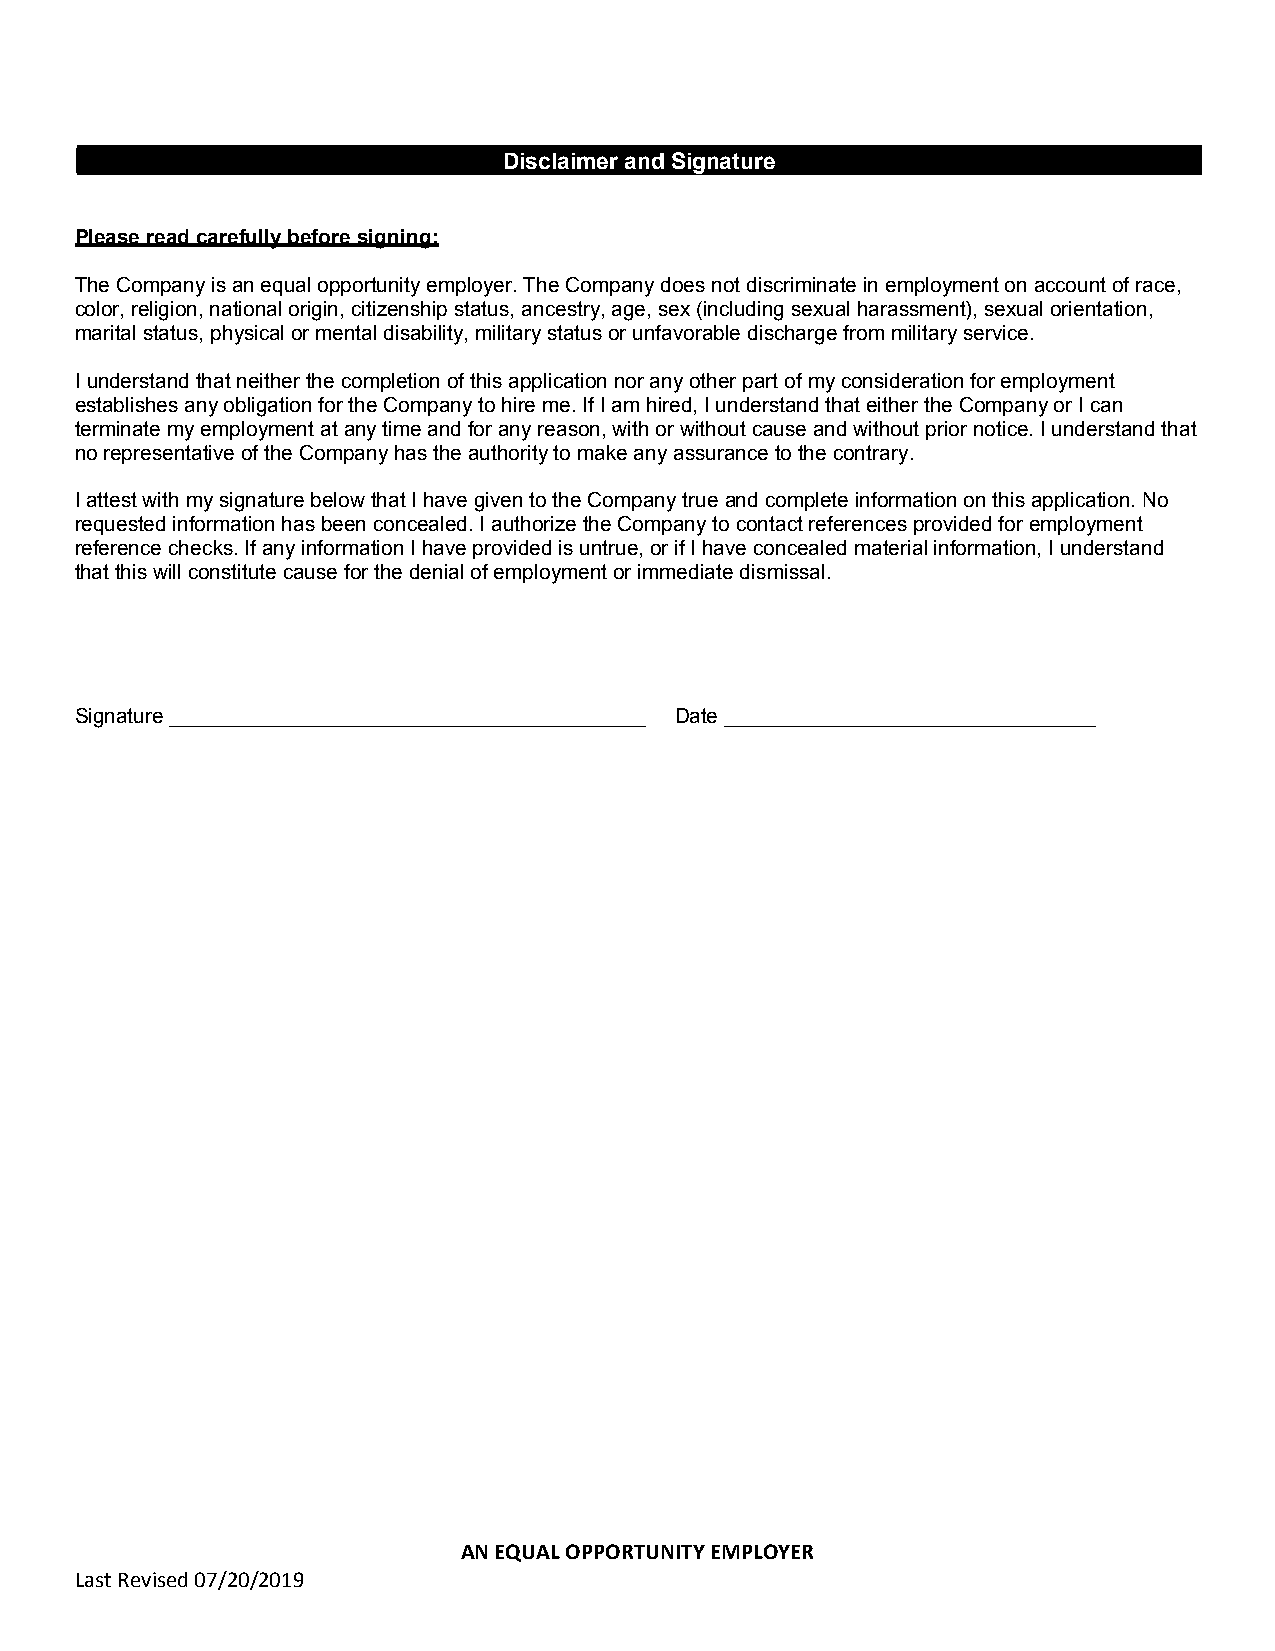
Disclaimer and Signature
 Please read carefully before signing:
 The Company is an equal opportunity employer. The Company does not discriminate in employment on account of race,
 color, religion, national origin, citizenship status, ancestry, age, sex (including sexual harassment), sexual orientation,
 marital status, physical or mental disability, military status or unfavorable discharge from military service.
 I understand that neither the completion of this application nor any other part of my consideration for employment
 establishes any obligation for the Company to hire me. If I am hired, I understand that either the Company or I can
 terminate my employment at any time and for any reason, with or without cause and without prior notice. I understand that
 no representative of the Company has the authority to make any assurance to the contrary.
 I attest with my signature below that I have given to the Company true and complete information on this application. No
 requested information has been concealed. I authorize the Company to contact references provided for employment
 reference checks. If any information I have provided is untrue, or if I have concealed material information, I understand
 that this will constitute cause for the denial of employment or immediate dismissal.
 Signature _________________________________________ Date ________________________________
 AN EQUAL OPPORTUNITY EMPLOYER
 Last Revised 07/20/2019